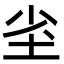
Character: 𭎇